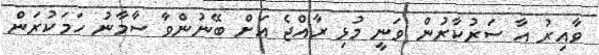
ވާއިރު އާ ސަރުކާރުން ވަނީ މުޅި ރާއްޖެ އަށް ބޭނުންވާ ސާމާނު ހަމަކުރަން